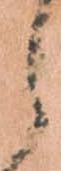
し